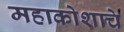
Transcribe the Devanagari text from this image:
महाकोशाचे